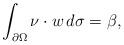
LaTeX: \begin{align*}\int_{\partial\Omega}\nu\cdot w\,d\sigma=\beta,\end{align*}